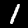
Digit: 1